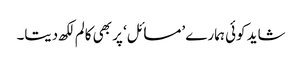
شاید کوئی ہمارے ’مسائل‘ پر بھی کالم لکھ دیتا۔